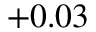
+ 0 . 0 3